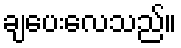
ချပေးလေသည်။